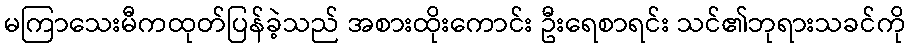
မကြာသေးမီကထုတ်ပြန်ခဲ့သည် အစားထိုးကောင်း ဦးရေစာရင်း သင်၏ဘုရားသခင်ကို